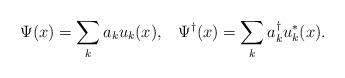
\begin{align*}\Psi(x)=\sum_k a_k u_k(x), \;\;\; \Psi^{\dagger}(x)=\sum_k a^{\dagger}_k u^*_k(x).\end{align*}